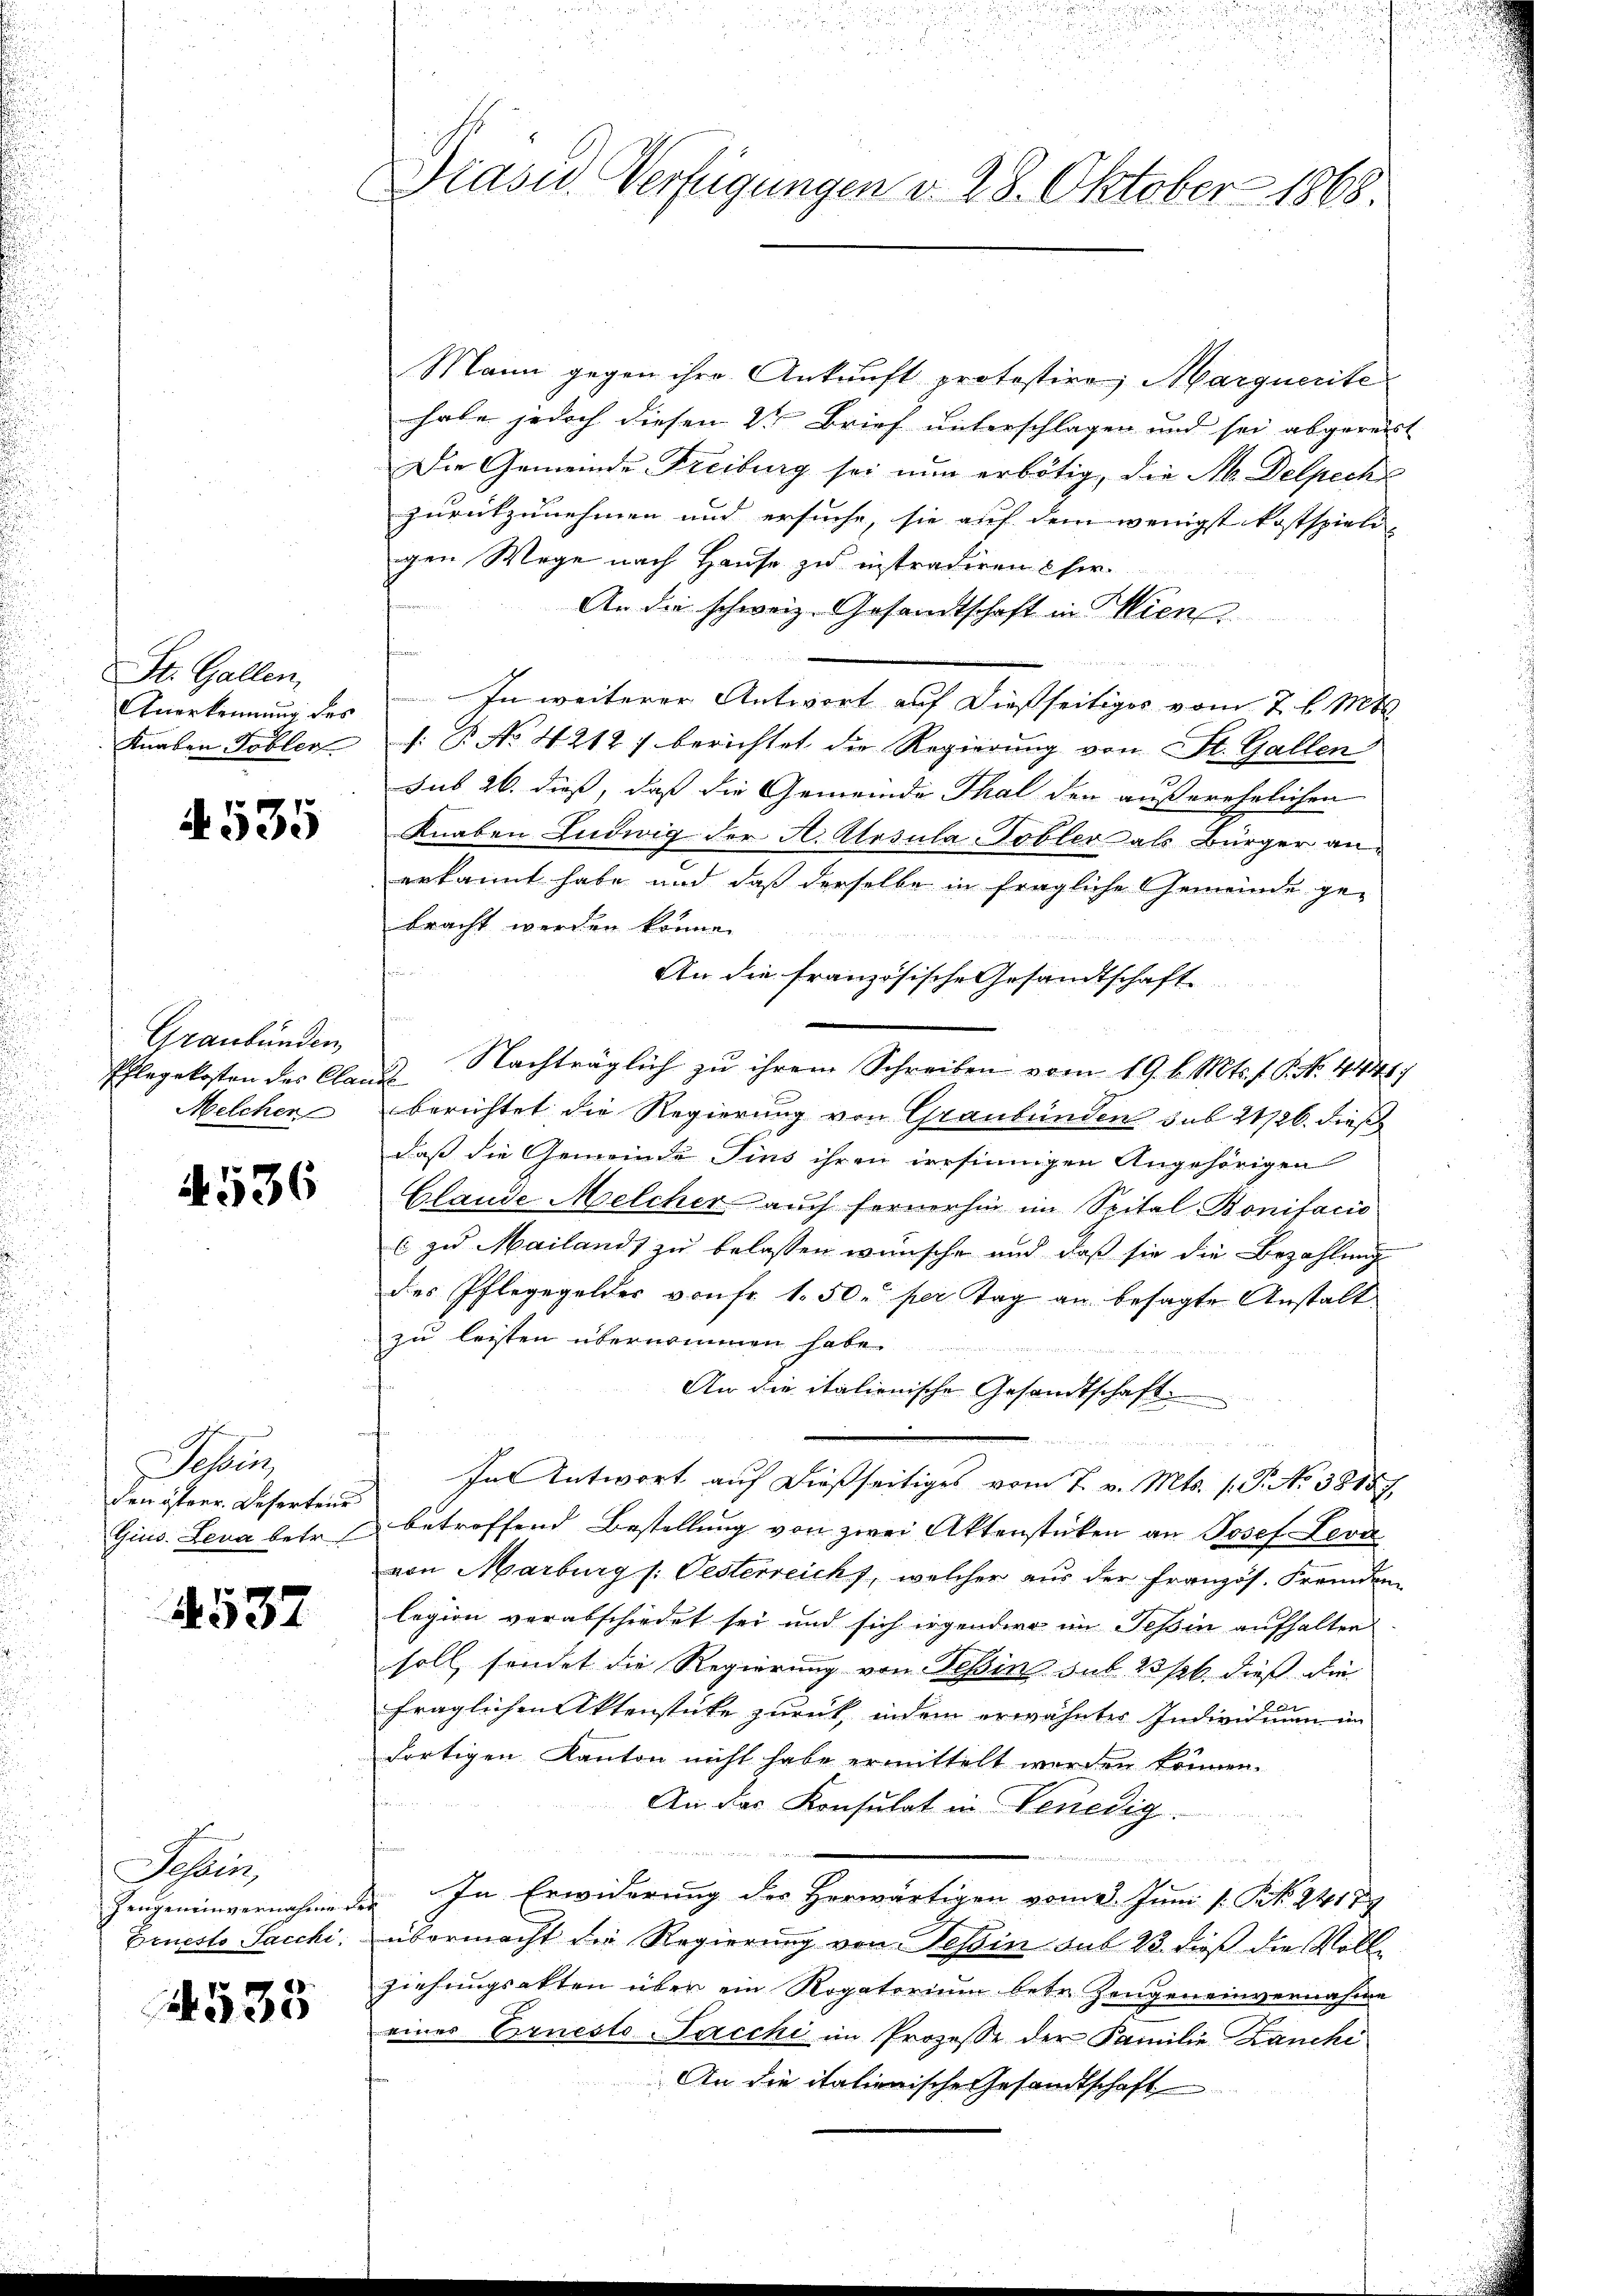
St. Gallen,
Knaben Tobler

4. 535

Graubünden,
Ehlegekosten des Claud
Melcher

4536

Sessens
den östrer. Desertens

1537

Schlus
Brnesto Tacchi

535

Präser Verfügungen d. 28. Oktober 1865.

Mann gegen ihre Ankunft protestire, Marquerite
habe jedoch diesen 2ten Brief unterschlagen und sei abgereit
Die Gemeinde Freiburg sei nun erbötig, die N. Delpech
zurückzunehmen und ersuche, sie auf dem wenigst kostspiel- |
gen Wege nach Hause zu instradiren Cher.
An die schweiz. Gesandtschaft in Miene
Anerkennung des In weiterer Antwort auf dießseitiges vom 7 l. Mts.
 P. No 4212: berichtet die Regierung von St. Gallen
sub 26. dieß, daß die Gemeinde Thal den außerehelichen
Knaben Ludwig der A. Atosula Tobler als Bürger an
erkannt habe und daß derselbe in fragliche Gemeinde ge-
bracht werden könne.

An die französische Gesandtschaft
Nachträglich zu ihrem Schreiben vom 19. d. Mts. f. P. No. 4448)
berichtet die Regierung von Graubünden sub 21726. diese
daß die Gemeinde Firs ihren irrsinnigen Angehörigen
Glande Melcher auch fernerhin im Spital Bonifacio
(zu Mailands zu belassen wünsche und daß sie die Bezahlung
des Pflegegelder von fr. 1. 50. per Tag an besagte Anstalt
zu leisten übernommen habe.
An die italienische Gesandtschaft
u
In Antwort auf dießseitiges vom 7. v. Mts. 1. P. No 38157.
Gius. Lena betr. betroffend Bestellung von zwei Aktenstücken an Josef Leva
von Marburg s. Oesterreicht, welcher aus der Französ. Fremden
legion verabschiedet sei und sich irgendere im Tessin aufhalten
soll sendet die Regierung von Tessin sub 23 /26. dieß die
fraglichen Aktenstücke zurück, indem erwähnter Individuum im
dortigen Kanton nicht habe ermittelt werden können.
An das Konsulat in Venedig
Zeugeneinvernahme der In Erwiderung der Herwärtigen vom 2. Juni [: P. 24179
übermacht die Regierung von Tessin sub 23. dieß die Vollziehungsakten über ein Rogatorium betr. Zeugeneinvernahme
eines Ernesto-Pacchi im Prozesse der Familie Zanchi
An die itationische Gesandtschaft

8